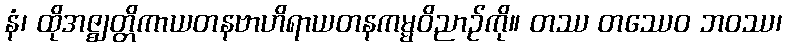
နံ၊ ထိုအဇ္ဈတ္တိကာယတနဗာဟိရာယတနကမ္မဝိညာဉ်ကို။ တဿ တဿေဝ ဘဝဿ၊